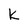
Character: L